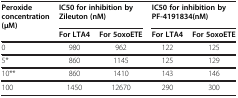
| <ROWSPAN=2> Peroxide concentration (μM) | <COLSPAN=2> IC50 for inhibition by Zileuton (nM) | <COLSPAN=2> IC50 for inhibition by PF-4191834(nM) |
 | For LTA4 | For 5oxoETE | For LTA4 | For 5oxoETE |
 | --- | --- | --- | --- | --- |
 | 0 | 980 | 962 | 122 | 125 |
 | 5* | 860 | 1145 | 125 | 129 |
 | 10** | 860 | 1410 | 143 | 146 |
 | 100 | 1450 | 12670 | 290 | 300 |